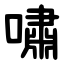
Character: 嘯